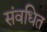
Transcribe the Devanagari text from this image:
संवधित